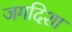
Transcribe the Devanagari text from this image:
जगदिशा